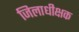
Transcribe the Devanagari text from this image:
जिलाधीक्षक